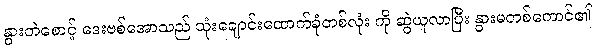
နွားတဲစောင့် ဒေးဗစ်အောသည် သုံးချောင်းထောက်ခုံတစ်လုံး ကို ဆွဲယူလာပြီး နွားမတစ်ကောင်၏